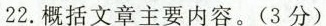
概括文章主要内容。(3分)